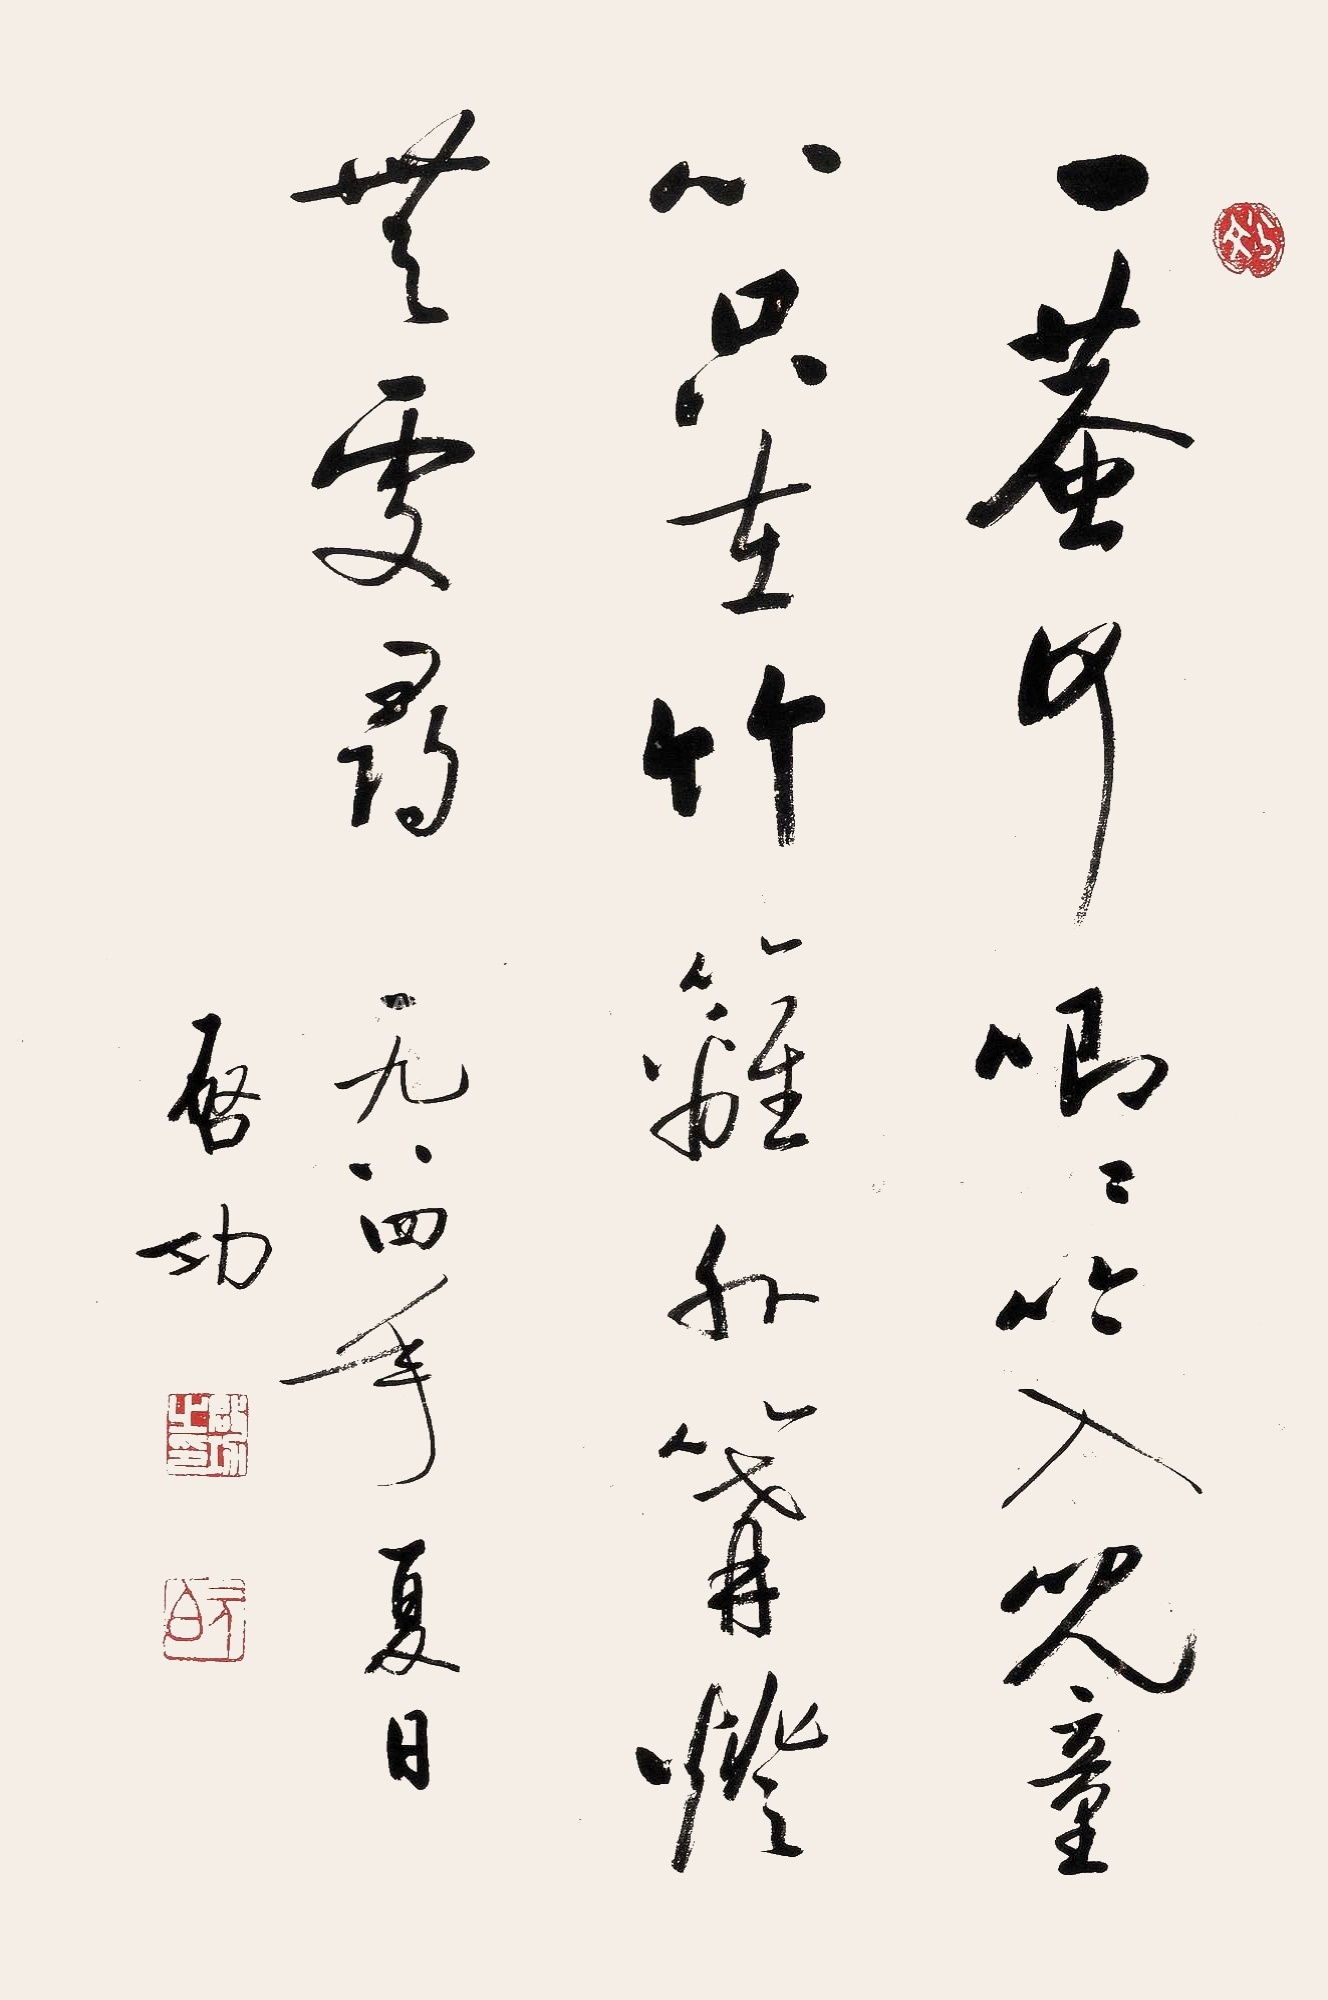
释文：一蛬何唧唧，吟入儿童心。只在竹篱外，篝灯无处寻。一九八四年夏日，启功。